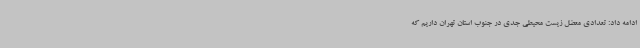
ادامه داد:‌ تعدادی معضل زیست محیطی جدی در جنوب استان تهران داریم که